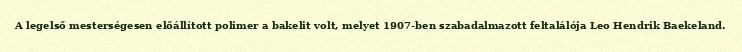
A legelső mesterségesen előállított polimer a bakelit volt, melyet 1907-ben szabadalmazott feltalálója Leo Hendrik Baekeland.